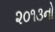
૨૦૧૩નો